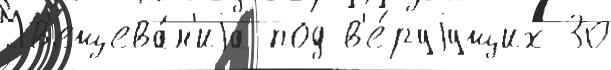
Ув'ещева́н'иjа под в'е́руjущих 30